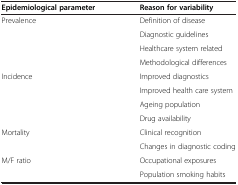
| Epidemiological parameter | Reason for variability |
 | --- | --- |
 | <ROWSPAN=4> Prevalence | Definition of disease |
 | Diagnostic guidelines |
 | Healthcare system related |
 | Methodological differences |
 | <ROWSPAN=4> Incidence | Improved diagnostics |
 | Improved health care system |
 | Ageing population |
 | Drug availability |
 | <ROWSPAN=2> Mortality | Clinical recognition |
 | Changes in diagnostic coding |
 | M/F ratio | Occupational exposures |
 |  | Population smoking habits |